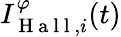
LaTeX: I_{\mathrm{~H~a~l~l~},i}^{\varphi}(t)